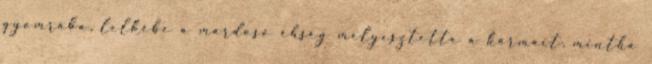
gyomrába, lelkébe a mardosó éhség mélyesztette a karmait, mintha